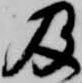
及